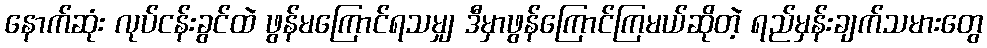
နောက်ဆုံး လုပ်ငန်းခွင်ထဲ ဖွန်မကြောင်ရသမျှ ဒီမှာဖွန်ကြောင်ကြမယ်ဆိုတဲ့ ရည်မှန်းချက်သမားတွေ